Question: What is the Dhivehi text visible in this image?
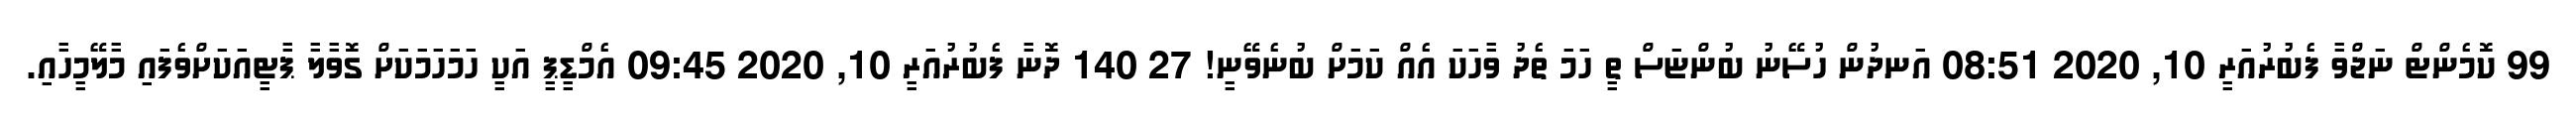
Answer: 99 ކޮމެންޓް ނަޖްވާ ފެބުރުއަރީ 10, 2020 08:51 އަނދުން ހުސޭނު ބުންޏަސް ތީ ހަމަ ތެދު ވާހަކަ އެއް ކަމަށް ބުނެވޭނީ! 27 140 ދޮނާ ފެބުރުއަރީ 10, 2020 09:45 އެމްޑީޕީ އަކީ ހަމަހަމަކަށް ގޮވާލާ ޕާޓީއަކަށްވެފައި މާލޭމީހާއި.